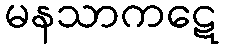
မနသာကဋေ